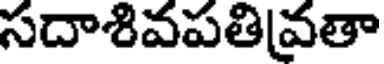
సదాశివపతివతా